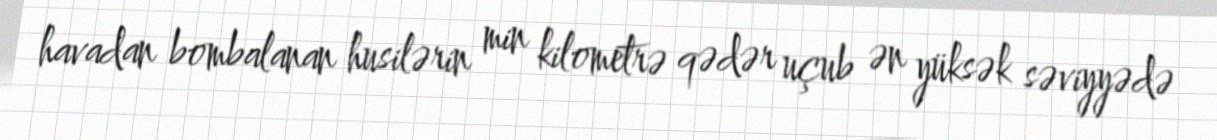
havadan bombalanan husilərin min kilometrə qədər uçub ən yüksək səviyyədə